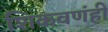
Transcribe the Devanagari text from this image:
शिकवणंही